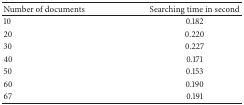
| Number of documents | Searching time in second |
 | --- | --- |
 | 10 | 0.182 |
 | 20 | 0.220 |
 | 30 | 0.227 |
 | 40 | 0.171 |
 | 50 | 0.153 |
 | 60 | 0.190 |
 | 67 | 0.191 |